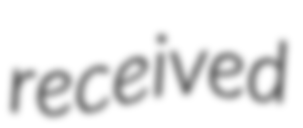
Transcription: received